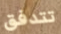
تتدفق